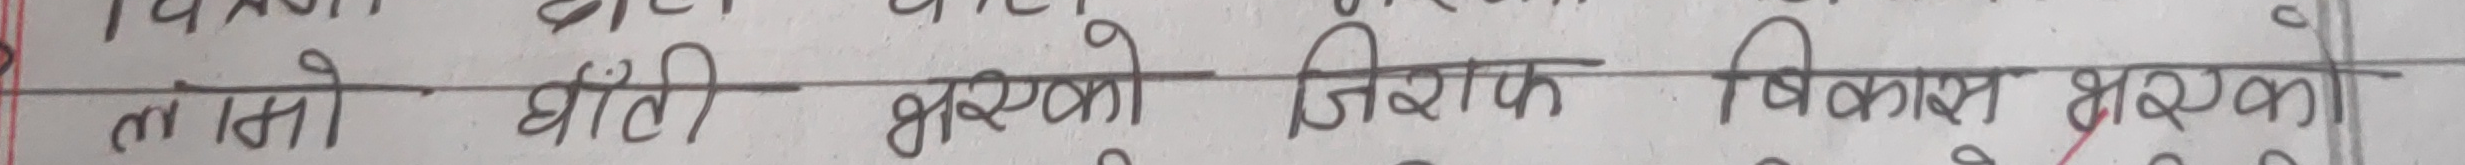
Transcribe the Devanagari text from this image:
तास्को घोटी भएको जिरोफ विकास भएको